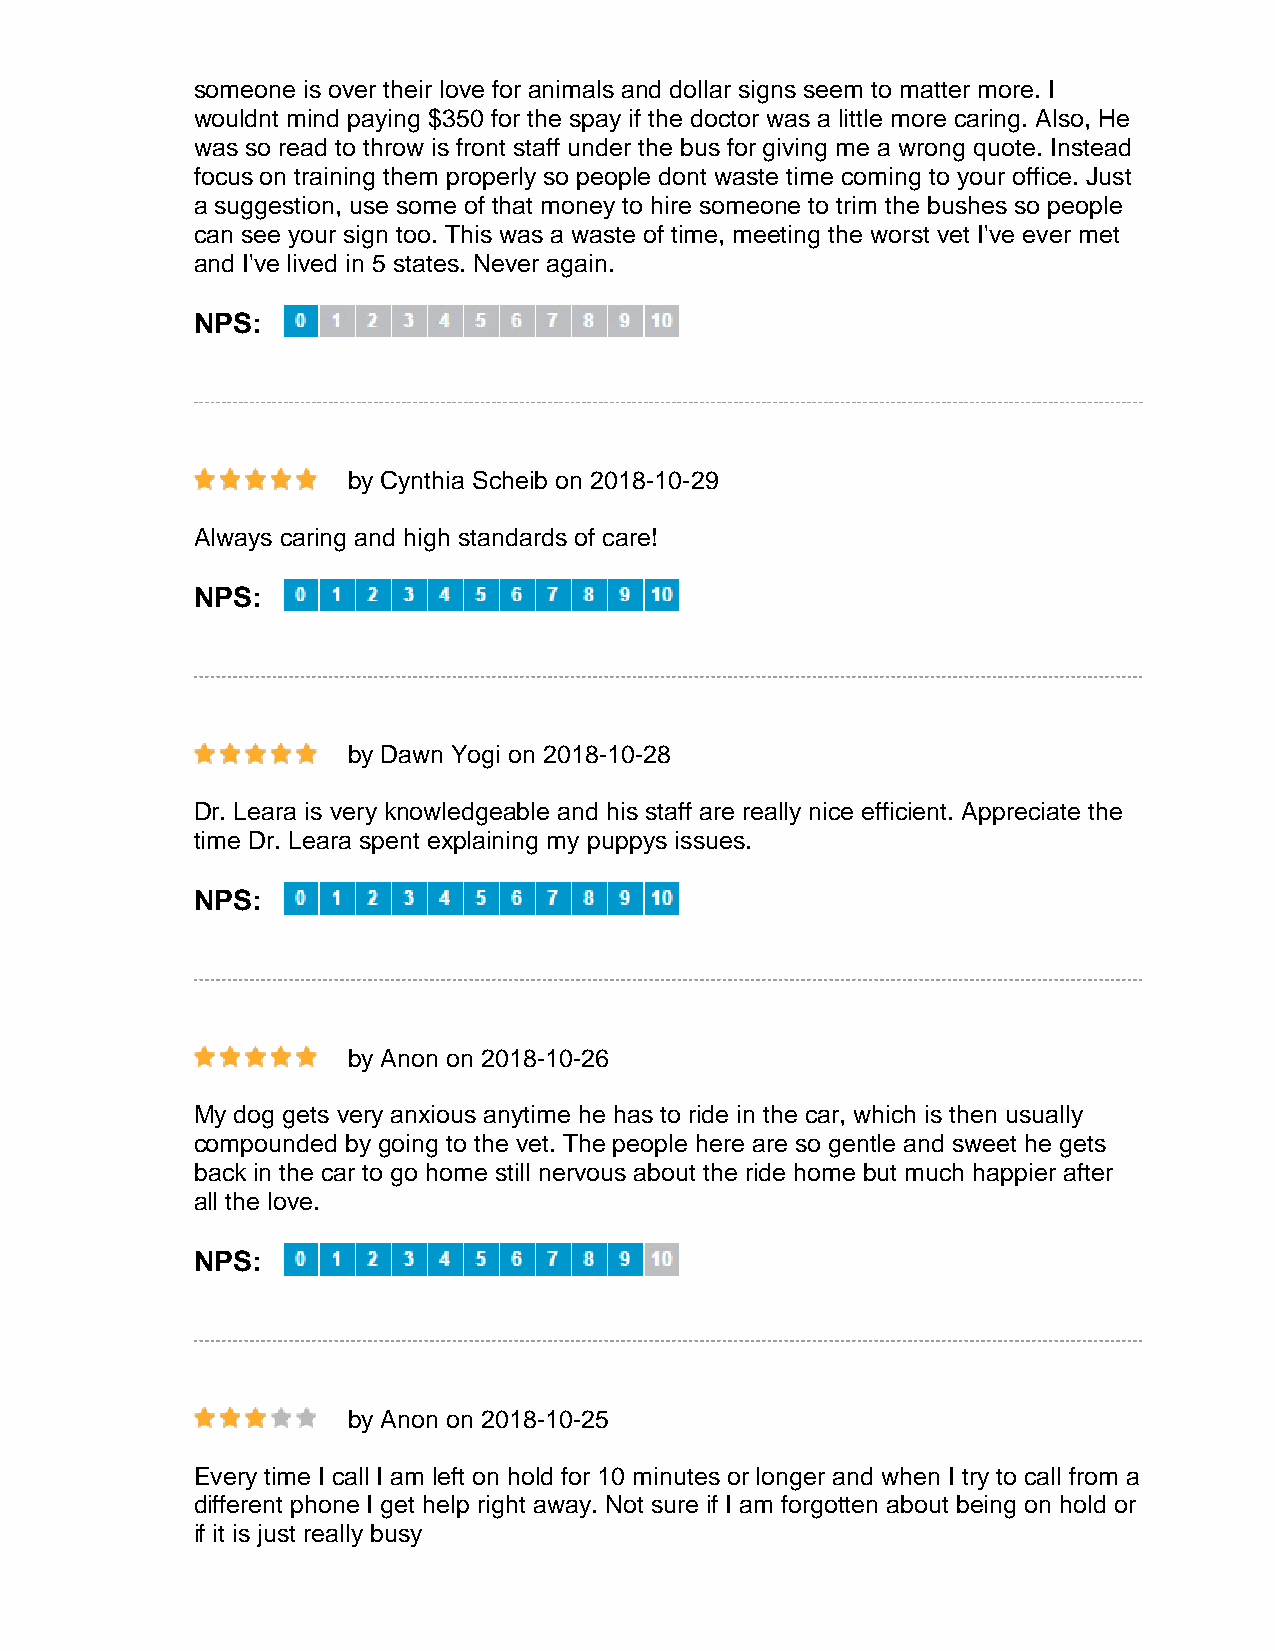
someone is over their love for animals and dollar signs seem to matter more. I
 wouldnt mind paying $350 for the spay if the doctor was a little more caring. Also, He
 was so read to throw is front staff under the bus for giving me a wrong quote. Instead
 focus on training them properly so people dont waste time coming to your office. Just
 a suggestion, use some of that money to hire someone to trim the bushes so people
 can see your sign too. This was a waste of time, meeting the worst vet I've ever met
 and I've lived in 5 states. Never again.
 NPS:
 by Cynthia Scheib on 2018-10-29
 Always caring and high standards of care!
 NPS:
 by Dawn Yogi on 2018-10-28
 Dr. Leara is very knowledgeable and his staff are really nice efficient. Appreciate the
 time Dr. Leara spent explaining my puppys issues.
 NPS:
 by Anon on 2018-10-26
 My dog gets very anxious anytime he has to ride in the car, which is then usually
 compounded by going to the vet. The people here are so gentle and sweet he gets
 back in the car to go home still nervous about the ride home but much happier after
 all the love.
 NPS:
 by Anon on 2018-10-25
 Every time I call I am left on hold for 10 minutes or longer and when I try to call from a
 different phone I get help right away. Not sure if I am forgotten about being on hold or
 if it is just really busy